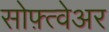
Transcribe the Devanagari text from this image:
सोफ़्त्वेअर